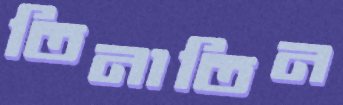
তিনাতিন